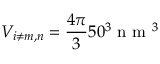
V _ { i \neq m , n } = \frac { 4 \pi } { 3 } 5 0 ^ { 3 } \mathrm { ~ n ~ m ~ } ^ { 3 }